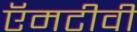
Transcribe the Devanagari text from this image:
ऍमटीवी